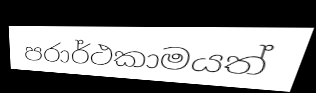
පරාර්ථකාමයත්